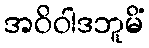
အဝိဝါဒဘူမိံ